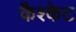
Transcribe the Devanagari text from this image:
कैश्केट